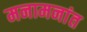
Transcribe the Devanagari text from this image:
मनामनांत